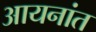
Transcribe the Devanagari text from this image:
आयनांत